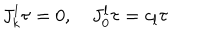
J _ { k } ^ { l } \tau = 0 , \quad J _ { 0 } ^ { l } \tau = c _ { l } \tau